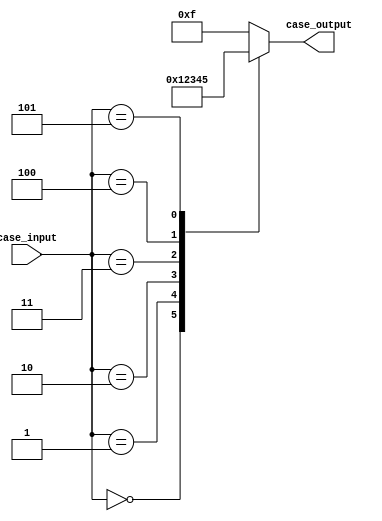
module full_case_statement (
    input wire [2:0] case_input,
    output reg [3:0] case_output
);

always @* begin
    case (case_input)
        3'b000: begin
            case_output = 4'b0000;
        end
        3'b001: begin
            case_output = 4'b0001;
        end
        3'b010: begin
            case_output = 4'b0010;
        end
        3'b011: begin
            case_output = 4'b0011;
        end
        3'b100: begin
            case_output = 4'b0100;
        end
        3'b101: begin
            case_output = 4'b0101;
        end
        default: begin
            case_output = 4'b1111;
        end
    endcase
end

endmodule